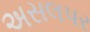
અસલપર